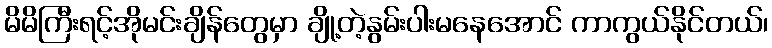
မိမိကြီးရင့်အိုမင်းချိန်တွေမှာ ချို့တဲ့နွမ်းပါးမနေအောင် ကာကွယ်နိုင်တယ်၊